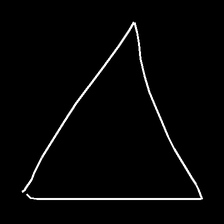
Glyph: convergence